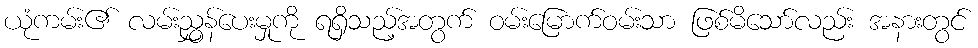
ယုံကမ်း၏ လမ်းညွှန်ပေးမှုကို ရရှိသည့်အတွက် ဝမ်းမြောက်ဝမ်းသာ ဖြစ်မိသော်လည်း အနားတွင်